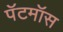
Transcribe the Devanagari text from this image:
पॅटमॉस